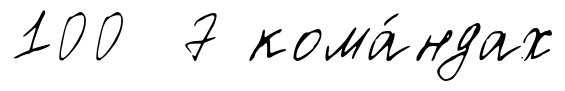
100 7 кома́ндах